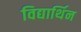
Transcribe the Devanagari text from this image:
विद्यार्थिन